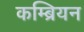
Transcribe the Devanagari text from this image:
कम्ब्रियन